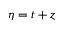
\eta = t + z